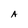
Character: A